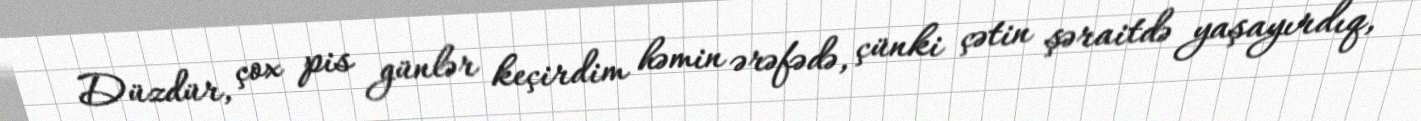
Düzdür, çox pis günlər keçirdim həmin ərəfədə, çünki çətin şəraitdə yaşayırdıq,